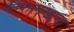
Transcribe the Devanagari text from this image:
कत्तलखाना